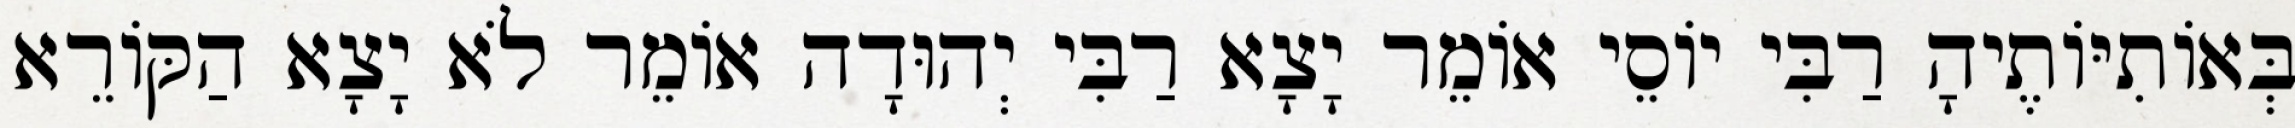
בְּאוֹתִיּוֹתֶיהָ רַבִּי יוֹסֵי אוֹמֵר יָצָא רַבִּי יְהוּדָה אוֹמֵר לֹא יָצָא הַקּוֹרֵא